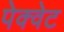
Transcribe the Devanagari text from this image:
पेक्वेट